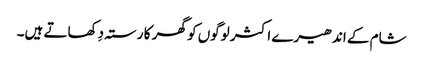
شام کے اندھیرے اکثر لوگوں کو گھر کا رستہ دِکھاتے ہیں۔